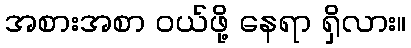
အစားအစာ ဝယ်ဖို့ နေရာ ရှိလား။